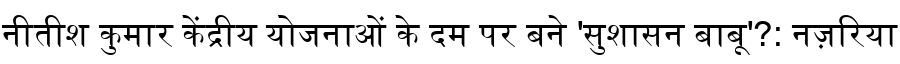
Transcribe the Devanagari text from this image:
नीतीश कुमार केंद्रीय योजनाओं के दम पर बने 'सुशासन बाबू'?: नज़रिया